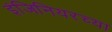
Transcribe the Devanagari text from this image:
इंजिनियरच्या